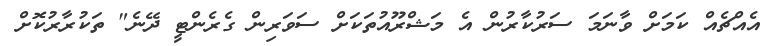
އެއްޗެއް ކަމަށް ވާނަމަ ސަރުކާރުން އެ މަޝްރޫއުތަކަށް ސަވަރިން ގެރެންޓީ ދޭނެ" ތަކުރާރުކޮށް